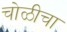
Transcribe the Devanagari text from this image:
चोळीचा